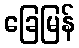
ခြေမြန်